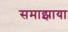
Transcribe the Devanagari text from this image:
समाझाया